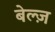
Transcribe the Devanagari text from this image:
बेल्ज़